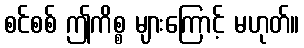
စင်စစ် ဤကိစ္စ များကြောင့် မဟုတ်။